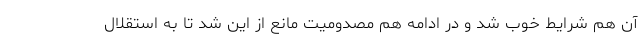
آن هم شرایط خوب شد و در ادامه هم مصدومیت مانع از این شد تا به استقلال